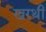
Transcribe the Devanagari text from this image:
खरथी